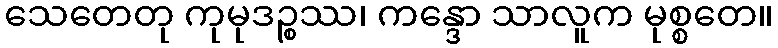
သေတေတု ကုမုဒဉ္စဿ၊ ကန္ဒော သာလူက မုစ္စတေ။